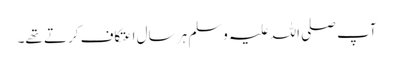
آپ صلی اللہ علیہ وسلم ہر سال اعتکاف کرتے تھے۔